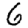
Digit: 6